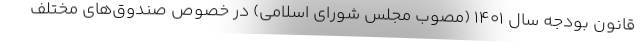
قانون بودجه سال ۱۴۰۱ (مصوب مجلس شورای اسلامی) در خصوص صندوق‌های مختلف